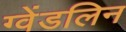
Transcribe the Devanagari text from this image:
ग्वेंडलिन